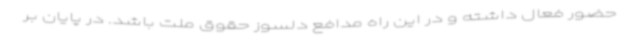
حضور فعال داشته و در این راه مدافع دلسوز حقوق ملت باشد. در پایان بر